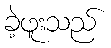
ခဲ့ဖူးသည်